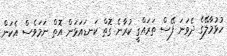
ހުޅުމާލޭގެ ދެވަނަ ފޭސް ތަރައްގީ ކުރާނެ ގޮތް ކަނޑައަޅަން އޮތް ނަމަވެސް އެކަން